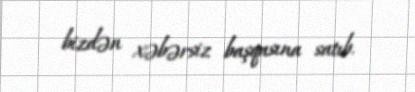
bizdən xəbərsiz başqasına satıb.